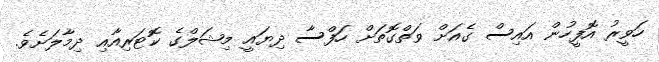
ހަވީރު އޮފީހުން އައިސް ގެއަށް ވަތްގޮތަށް ހަފްސާ ދިޔައީ މިޝަލްގެ ކޮޓަރިއާއި ދިމާލަށެވެ.